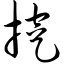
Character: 挖